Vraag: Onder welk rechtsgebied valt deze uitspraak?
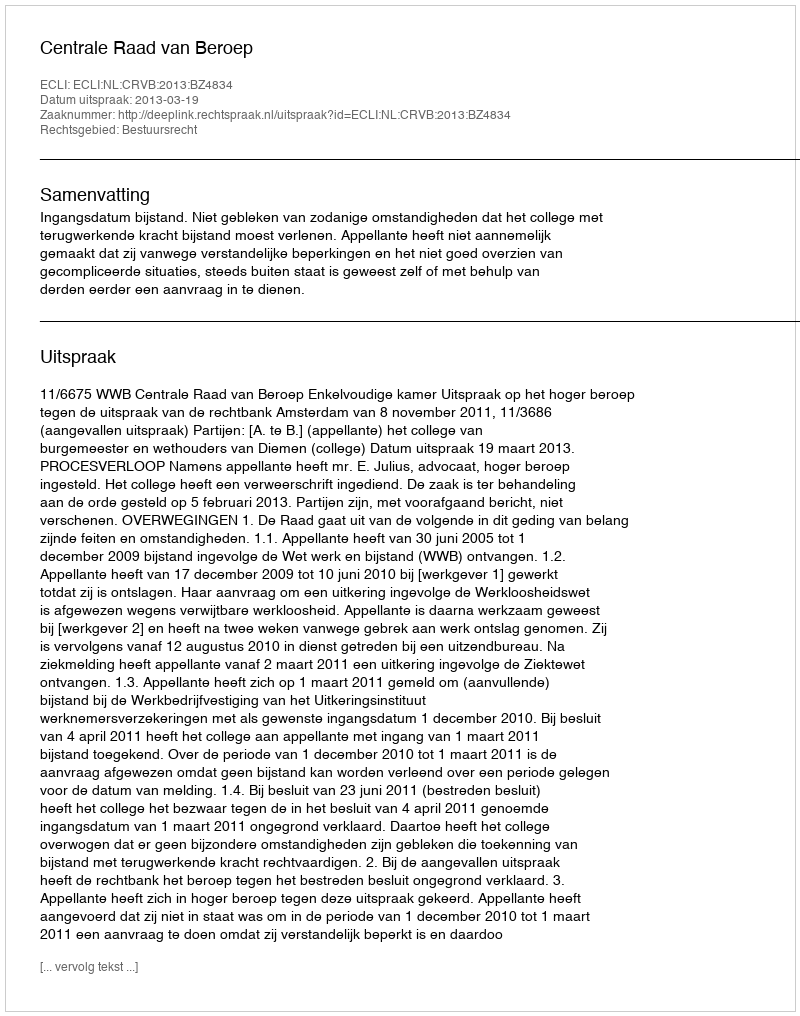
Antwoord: Bestuursrecht